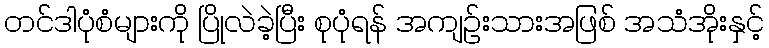
တင်ဒါပုံစံများကို ပြိုလဲခဲ့ပြီး စုပုံရန် အကျဉ်းသားအဖြစ် အသံအိုးနှင့်